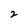
Character: 2